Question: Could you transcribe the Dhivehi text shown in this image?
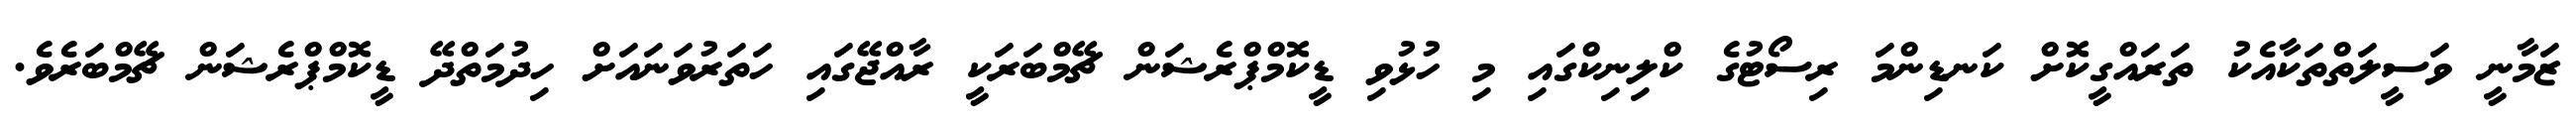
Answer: ޒަމާނީ ވަސީލަތްތަކާއެކު ތަރައްގީކޮށް ކަނޑިންމަ ރިސޯޓުގެ ކްލިނިކްގައި މި ހުޅުވި ޑީކޮމްޕްރެޝަން ޗޭމްބަރަކީ ރާއްޖޭގައި ހަތަރުވަނައަށް ހިދުމަތްދޭ ޑީކޮމްޕްރެޝަން ޗޭމްބަރެވެ.